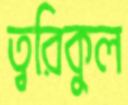
ত্বরিকুল